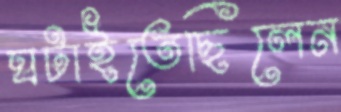
ঘটাইতেছিলেন